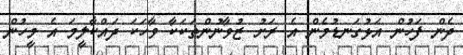
ދެން ފަހުން އަޅުގަނޑުމެން އެ ރަށު ޒުވާނުންތަކަކާ ވާހަކަ ދައްކާލީމަ އެ މީހުން